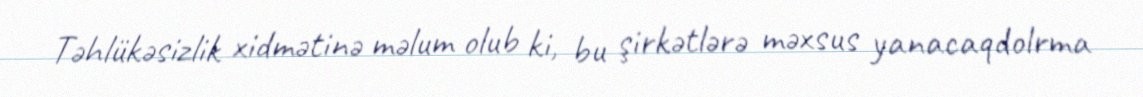
Təhlükəsizlik xidmətinə məlum olub ki, bu şirkətlərə məxsus yanacaqdolrma